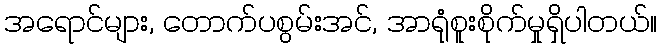
အရောင်များ, တောက်ပစွမ်းအင်, အာရုံစူးစိုက်မှုရှိပါတယ်။